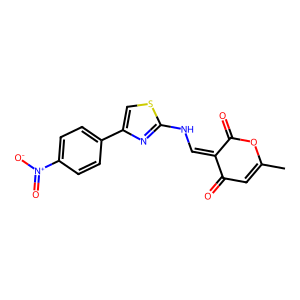
SMILES: CC1=CC(=O)C(=CNc2nc(-c3ccc([N+](=O)[O-])cc3)cs2)C(=O)O1
Inhibits HIV replication: No